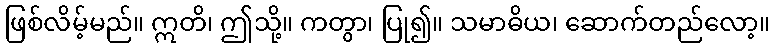
ဖြစ်လိမ့်မည်။ ဣတိ၊ ဤသို့။ ကတွာ၊ ပြု၍။ သမာဓိယ၊ ဆောက်တည်လော့။